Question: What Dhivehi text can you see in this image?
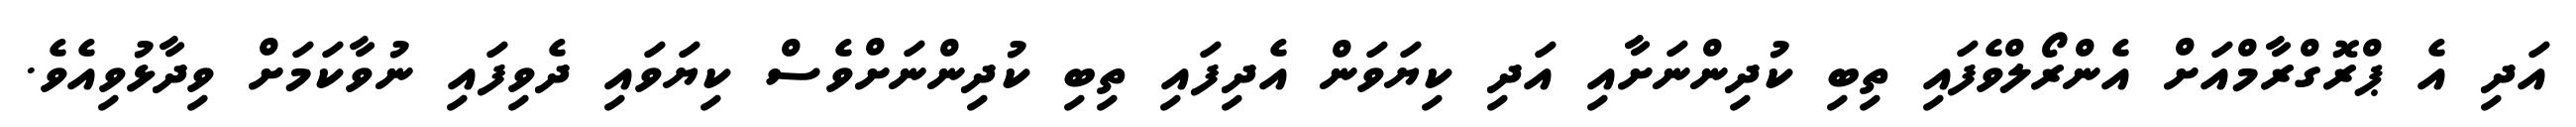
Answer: އަދި އެ ޕްރޮގްރާމްއަށް އެންރޯލްވެފައި ތިބި ކުދިންނަށާއި އަދި ކިޔަވަން އެދިފައި ތިބި ކުދިންނަށްވެސް ކިޔަވައި ދެވިފައި ނުވާކަމަށް ވިދާޅުވިއެވެ.